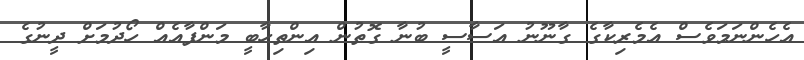
އެހެންނަމަވެސް އެމެރިކާގެ ގާނޫނު އަސާސީ ބުނާ ގޮތުން އިންތިހާބީ މަންފާއެއް ހޯދުމަށް ދީނުގެ